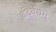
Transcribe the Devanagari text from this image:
वंदवंद्यम्